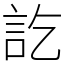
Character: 訖